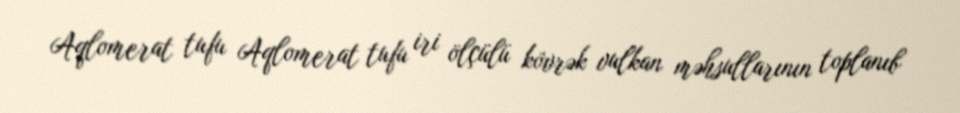
Aqlomerat tufu Aqlomerat tufu iri ölçülü kövrək vulkan məhsullarının toplanıb